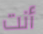
أنت